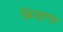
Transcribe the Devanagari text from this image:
बिजुलपुर